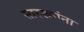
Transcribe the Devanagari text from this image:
सारख्यांना